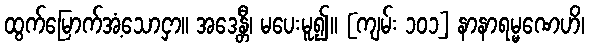
ထွက်မြောက်အံ့သောငှာ။ အဒေန္တီ၊ မပေးမူ၍။ [ကျမ်း ၁၀၁] နာနာရမ္မဏေဟိ၊